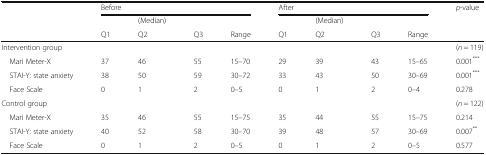
<table><thead><tr><td rowspan="3"></td><td colspan="4"><b>Before</b></td><td colspan="4"><b>After</b></td><td rowspan="3"><b><i>p</i>-value</b></td></tr><tr><td></td><td><b>(Median)</b></td><td></td><td></td><td></td><td><b>(Median)</b></td><td></td><td></td></tr><tr><td><b>Q1</b></td><td><b>Q2</b></td><td><b>Q3</b></td><td><b>Range</b></td><td><b>Q1</b></td><td><b>Q2</b></td><td><b>Q3</b></td><td><b>Range</b></td></tr></thead><tbody><tr><td colspan="9">Intervention group</td><td>(<i>n</i> = 119)</td></tr><tr><td> Mari Meter-X</td><td>37</td><td>46</td><td>55</td><td>15–70</td><td>29</td><td>39</td><td>43</td><td>15–65</td><td>0.001<sup>***</sup></td></tr><tr><td> STAI-Y: state anxiety</td><td>38</td><td>50</td><td>59</td><td>30–72</td><td>33</td><td>43</td><td>50</td><td>30–69</td><td>0.001<sup>***</sup></td></tr><tr><td> Face Scale</td><td>0</td><td>1</td><td>2</td><td>0–5</td><td>0</td><td>1</td><td>2</td><td>0–4</td><td>0.278</td></tr><tr><td colspan="9">Control group</td><td>(<i>n</i> = 122)</td></tr><tr><td> Mari Meter-X</td><td>35</td><td>46</td><td>55</td><td>15–75</td><td>35</td><td>44</td><td>55</td><td>15–75</td><td>0.214</td></tr><tr><td> STAI-Y: state anxiety</td><td>40</td><td>52</td><td>58</td><td>30–70</td><td>39</td><td>48</td><td>57</td><td>30–69</td><td>0.007<sup>**</sup></td></tr><tr><td> Face Scale</td><td>0</td><td>1</td><td>2</td><td>0–5</td><td>0</td><td>1</td><td>2</td><td>0–5</td><td>0.577</td></tr></tbody></table>